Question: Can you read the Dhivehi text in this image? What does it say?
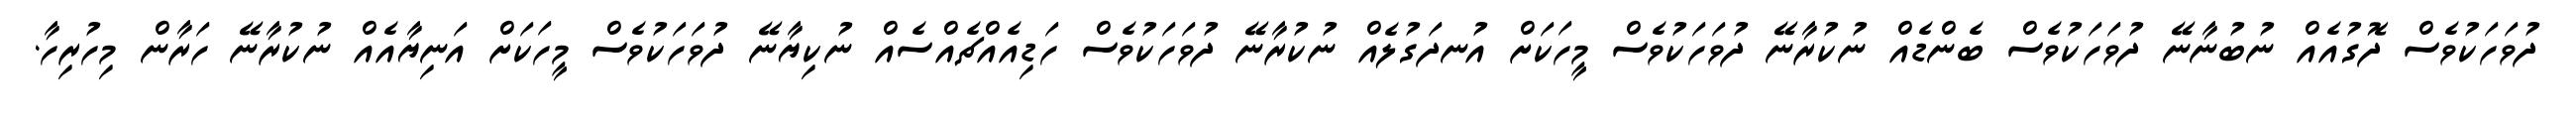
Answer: ދުވަހަކުވެސް ދޮގުއެއް ނުބުނާނޭ ދުވަހަކުވެސް ބެންޑެއް ނުކުރާނޭ ދުވަހަކުވެސް މީހަކަށް އުނދަގުލެއް ނުކުރާނޭ ދުވަހަކުވެސް ހަޑިއެއްޗެއްސެއް ނުކިޔާނޭ ދުވަހަކުވެސް މީހަކަށް އަނިޔާއެއް ނުކުރާނޭ ހަރާން މިހުރިހާ.